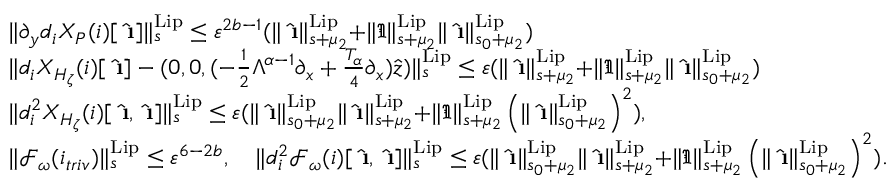
\begin{array} { r l } & { \rVert \partial _ { y } d _ { i } X _ { P } ( i ) [ \hat { \textbf { \i } } ] \rVert _ { s } ^ { \mathrm { L i p } } \le \varepsilon ^ { 2 b - 1 } ( \rVert \hat { \textbf { \i } } \rVert _ { s + \mu _ { 2 } } ^ { \mathrm { L i p } } + \rVert \mathfrak { I } \rVert _ { s + \mu _ { 2 } } ^ { \mathrm { L i p } } \rVert \hat { \textbf { \i } } \rVert _ { s _ { 0 } + \mu _ { 2 } } ^ { \mathrm { L i p } } ) } \\ & { \rVert d _ { i } X _ { H _ { \zeta } } ( i ) [ \hat { \textbf { \i } } ] - ( 0 , 0 , ( - \frac { 1 } { 2 } \Lambda ^ { \alpha - 1 } \partial _ { x } + \frac { T _ { \alpha } } { 4 } \partial _ { x } ) \hat { z } ) \rVert _ { s } ^ { \mathrm { L i p } } \le \varepsilon ( \rVert \hat { \textbf { \i } } \rVert _ { s + \mu _ { 2 } } ^ { \mathrm { L i p } } + \rVert \mathfrak { I } \rVert _ { s + \mu _ { 2 } } ^ { \mathrm { L i p } } \rVert \hat { \textbf { \i } } \rVert _ { s _ { 0 } + \mu _ { 2 } } ^ { \mathrm { L i p } } ) } \\ & { \rVert d _ { i } ^ { 2 } X _ { H _ { \zeta } } ( i ) [ \hat { \textbf { \i } } , \hat { \textbf { \i } } ] \rVert _ { s } ^ { \mathrm { L i p } } \le \varepsilon ( \rVert \hat { \textbf { \i } } \rVert _ { s _ { 0 } + \mu _ { 2 } } ^ { \mathrm { L i p } } \rVert \hat { \textbf { \i } } \rVert _ { s + \mu _ { 2 } } ^ { \mathrm { L i p } } + \rVert \mathfrak { I } \rVert _ { s + \mu _ { 2 } } ^ { \mathrm { L i p } } \left( \rVert \hat { \textbf { \i } } \rVert _ { s _ { 0 } + \mu _ { 2 } } ^ { \mathrm { L i p } } \right) ^ { 2 } ) , } \\ & { \rVert \mathcal { F } _ { \omega } ( i _ { t r i v } ) \rVert _ { s } ^ { \mathrm { L i p } } \le \varepsilon ^ { 6 - 2 b } , \quad \rVert d _ { i } ^ { 2 } \mathcal { F } _ { \omega } ( i ) [ \hat { \textbf { \i } } , \hat { \textbf { \i } } ] \rVert _ { s } ^ { \mathrm { L i p } } \le \varepsilon ( \rVert \hat { \textbf { \i } } \rVert _ { s _ { 0 } + \mu _ { 2 } } ^ { \mathrm { L i p } } \rVert \hat { \textbf { \i } } \rVert _ { s + \mu _ { 2 } } ^ { \mathrm { L i p } } + \rVert \mathfrak { I } \rVert _ { s + \mu _ { 2 } } ^ { \mathrm { L i p } } \left( \rVert \hat { \textbf { \i } } \rVert _ { s _ { 0 } + \mu _ { 2 } } ^ { \mathrm { L i p } } \right) ^ { 2 } ) . } \end{array}